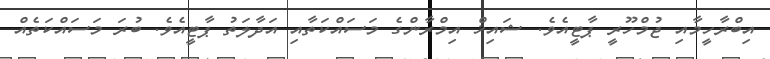
އިބްރާހީމާއި ޖުމްހޫރީ ޕާޓީއެވެ. ޝައިޚް އިމްރާންގެ މަސައްކަތާއި އަދާލަތު ޕާޓީއެވެ. ބުރަ މަސައްކަތެއް